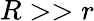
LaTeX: R>>r